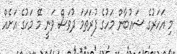
މި އަހަރުގެ ޝައުބާން މަހުގެ ފުރަތަމަ ދުވަސް ވަނީ މޭ މަހުގެ އަށެއް